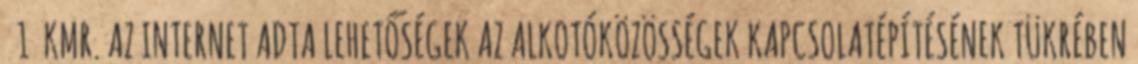
1 KMR. AZ INTERNET ADTA LEHETŐSÉGEK AZ ALKOTÓKÖZÖSSÉGEK KAPCSOLATÉPÍTÉSÉNEK TÜKRÉBEN